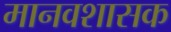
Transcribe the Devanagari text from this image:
मानवशासक